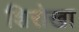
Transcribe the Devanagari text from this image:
शिरोखा